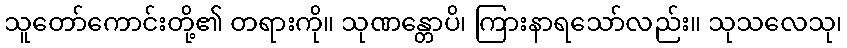
သူတော်ကောင်းတို့၏ တရားကို။ သုဏန္တောပိ၊ ကြားနာရသော်လည်း။ သုသလေသု၊